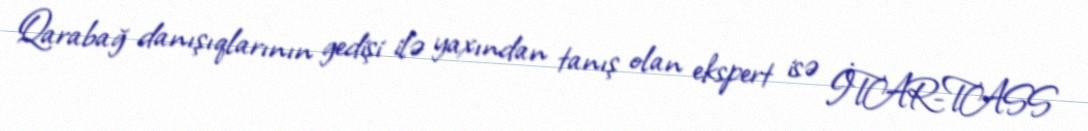
Qarabağ danışıqlarının gedişi ilə yaxından tanış olan ekspert isə İTAR-TASS